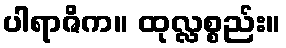
ပါရာဇိက။ ထုလ္လစ္စည်း။